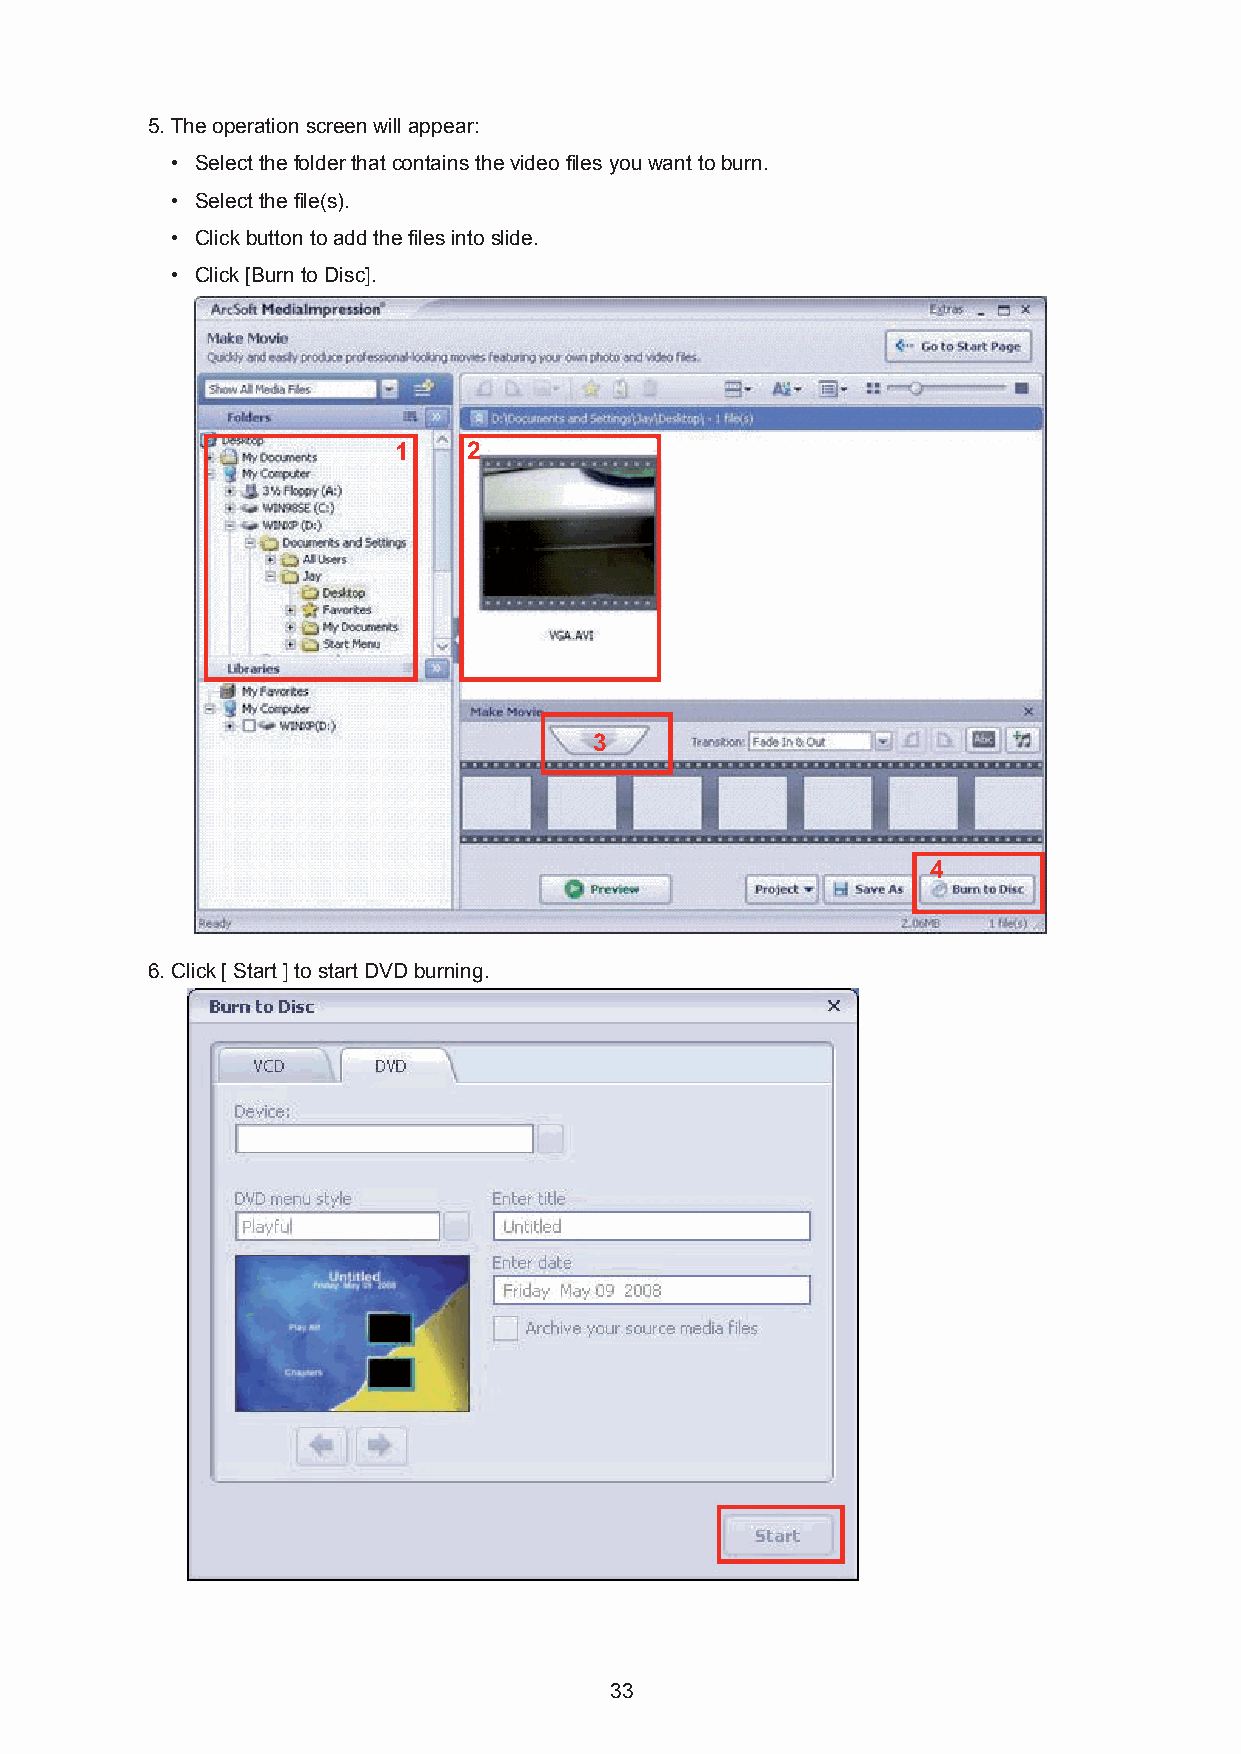
5. The operation screen will appear:
 • Select the folder that contains the video files you want to burn.
 • Select the file(s).
 • Click button to add the files into slide.
 • Click [Burn to Disc].
 11   22
 33
 44
 6. Click [ Start ] to start DVD burning.
 33